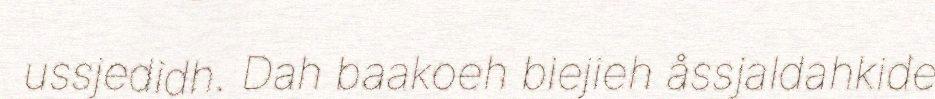
ussjedidh. Dah baakoeh biejieh åssjaldahkide